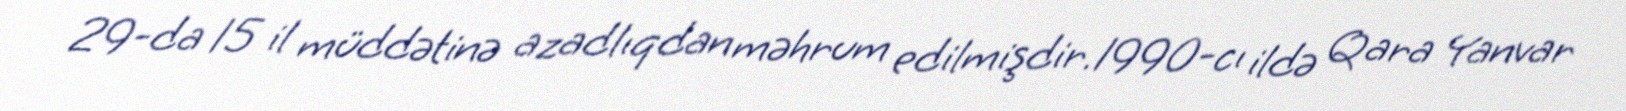
29-da 15 il müddətinə azadlıqdan məhrum edilmişdir.1990-cı ildə Qara Yanvar